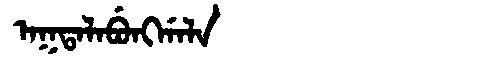
Manchu: ᠠᡴᡨᠠᠯᠠᠪᡠᠩᡤᠠᠯᠠ
Romanization: AKTALABUNGGALA